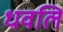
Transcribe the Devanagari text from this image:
धवलि